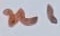
Text: n1